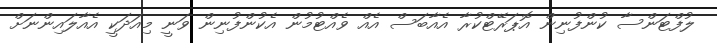
ލުފްޓަންސާ ކުންފުނިން އޮޕަރޭޓްކުރާ އެއާބަސް އެއް ވެއްޓުމުން އެކުންފުނިން ވަނީ މިއަދަކީ އެއާލައިންނަށް